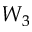
W _ { 3 }